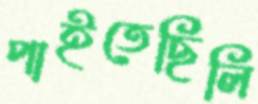
পাইতেছিলি